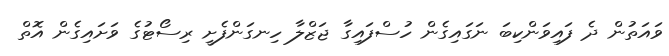
ވައަތުން ދެ ފައިވަންކިބަ ނަގައިގެން ހުސްފައިގާ ޖަޒްލާ ހިނގަންފެށީ ރިސޯޓުގެ ވަށައިގެން އޮތް